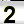
Digit: 2